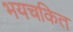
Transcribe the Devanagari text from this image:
भयचकित